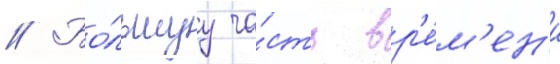
// Бо́льшуу ча́сть вр'е́м'ен'и